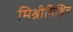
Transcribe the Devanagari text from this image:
मिश्रीमिश्रित